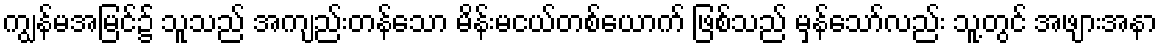
ကျွန်မအမြင်၌ သူသည် အကျည်းတန်သော မိန်းမငယ်တစ်ယောက် ဖြစ်သည် မှန်သော်လည်း သူ့တွင် အဖျားအနာ